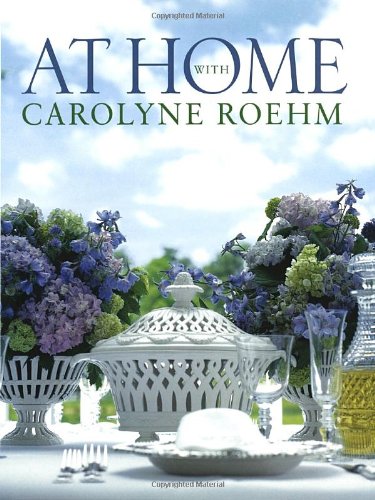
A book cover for At Home With Carolyne Roehm; Carolyne Roehm; Cookbooks, Food & Wine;